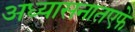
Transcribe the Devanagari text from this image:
अध्यासनातएफे